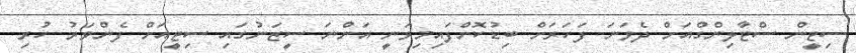
ސިޓީން ސްޓާލިންގްއަށް ދެވަނަ ފަހަރަށް ބިޑުކޮށްފައިމިވަނީ އަންނަ ސީޒަނުގައި ސިޓީއަށް ފެންވަރު ހުރި